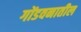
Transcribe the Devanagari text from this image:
गोंडवनातील